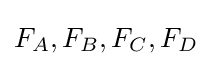
F_{A},F_{B},F_{C},F_{D}